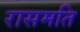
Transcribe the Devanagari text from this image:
रासमति